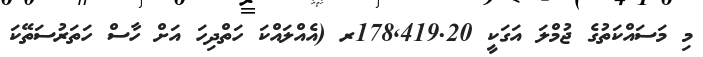
މި މަސައްކަތުގެ ޖުމްލަ އަގަކީ 178